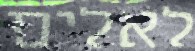
לאלים